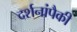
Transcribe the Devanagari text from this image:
दर्शनांपैकी